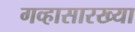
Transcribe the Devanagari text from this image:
गव्हासारख्या